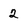
Character: 2